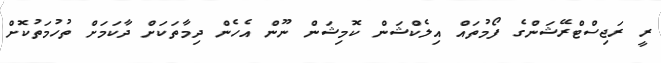
ރީ ރަޖިސްޓްރޭޝަންގެ ފޯމުތައް އިލެކްޝަން ކޮމިޝަން ނޫން އެހެން ދިމާތަކަށް ދާކަމަށް ތުހުމަތުކޮށް